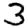
Digit: 3